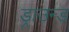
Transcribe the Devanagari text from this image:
ड्राउन्ड